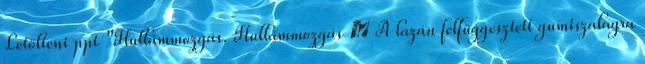
Letölteni ppt "Hullámmozgás. Hullámmozgás  A lazán felfüggesztett gumiszalagra